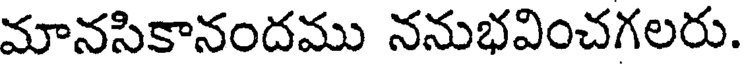
మానసికానందము ననుభవించగలరు.